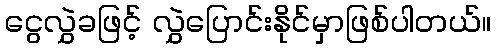
ငွေလွှဲခဖြင့် လွှဲပြောင်းနိုင်မှာဖြစ်ပါတယ်။